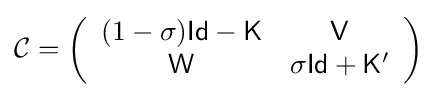
{\mathcal {C}}=\left({\begin{array}{cc}(1-\sigma ){\mathsf {Id}}-{\mathsf {K}}&{\mathsf {V}}\\{\mathsf {W}}&\sigma {\mathsf {Id}}+{\mathsf {K}}'\end{array}}\right)